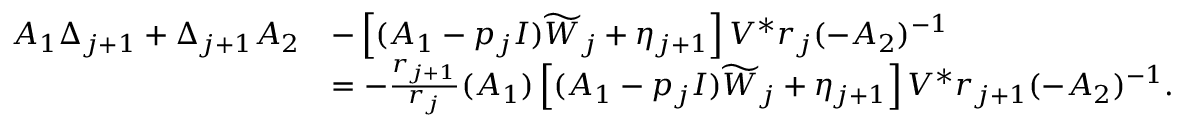
\begin{array} { r l } { A _ { 1 } \Delta _ { j + 1 } + \Delta _ { j + 1 } A _ { 2 } } & { - \left[ ( A _ { 1 } - p _ { j } I ) \widetilde W _ { j } + \eta _ { j + 1 } \right] V ^ { * } r _ { j } ( - A _ { 2 } ) ^ { - 1 } } \\ & { = - \frac { r _ { j + 1 } } { r _ { j } } ( A _ { 1 } ) \left[ ( A _ { 1 } - p _ { j } I ) \widetilde W _ { j } + \eta _ { j + 1 } \right] V ^ { * } r _ { j + 1 } ( - A _ { 2 } ) ^ { - 1 } . } \end{array}